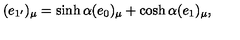
( e _ { 1 ^ { \prime } } ) _ { \mu } = \sinh \alpha ( e _ { 0 } ) _ { \mu } + \cosh \alpha ( e _ { 1 } ) _ { \mu } ,